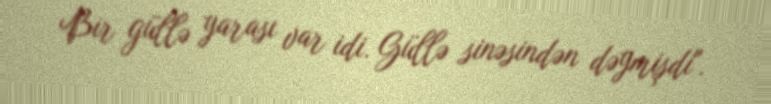
Bir güllə yarası var idi. Güllə sinəsindən dəymişdi".